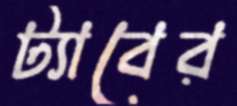
ট্যাবের